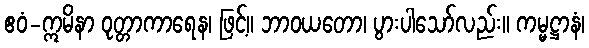
ဧဝံ-ဣမိနာ ဝုတ္တာကာရေန၊ ဖြင့်။ ဘာဝယတော၊ ပွားပါသော်လည်း။ ကမ္မဋ္ဌာနံ၊